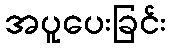
အပူပေးခြင်း